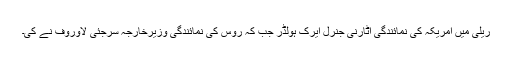
ریلی میں امریکہ کی نمائندگی اٹارنی جنرل ایرک ہولڈر جب کہ روس کی نمائندگی وزیرِخارجہ سرجئی لاوروف نے کی۔